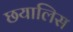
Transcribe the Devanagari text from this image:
छयालिस